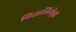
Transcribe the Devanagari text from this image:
वितालियेव्ना